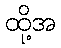
ထို့အ